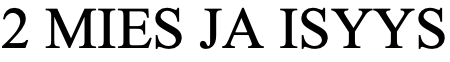
2 MIES JA ISYYS